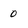
Character: 0